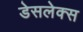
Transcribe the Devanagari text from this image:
डेसलेक्स